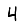
Digit: 4